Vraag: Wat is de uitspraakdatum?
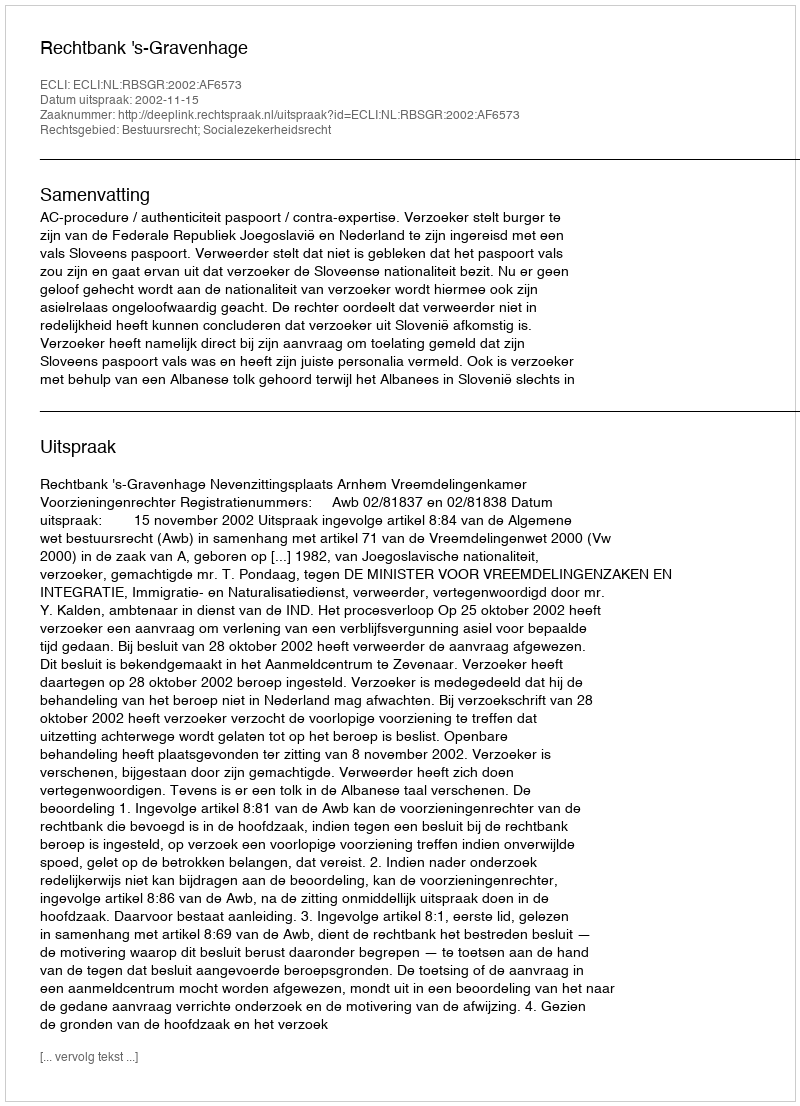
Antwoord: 2002-11-15